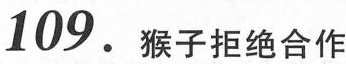
109.猴子拒绝合作